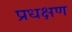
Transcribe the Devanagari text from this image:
प्रधक्षण